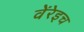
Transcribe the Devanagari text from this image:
वेंरेइच